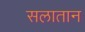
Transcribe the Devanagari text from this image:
सलातान